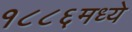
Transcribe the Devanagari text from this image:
१८८६मध्ये